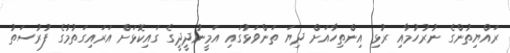
ރައްޔިތުންގެ ނުރުހުމާއި ރުޅި އިންތިހާއަށް ދިޔަ ތަންވަޅުގައި އަމީނުދީދީގެ ގައިކޮޅަށް އަރައިގަތުމުގެ ފުރުސަތު